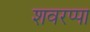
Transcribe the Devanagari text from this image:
शवरप्पा